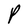
Character: P